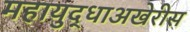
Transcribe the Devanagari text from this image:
महायुद्धाअखेरीस